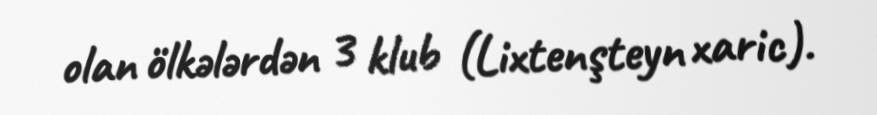
olan ölkələrdən 3 klub (Lixtenşteyn xaric).